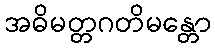
အဓိမတ္တဂတိမန္တော